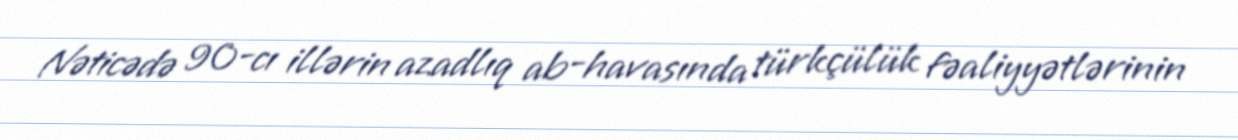
Nəticədə 90-cı illərin azadlıq ab-havasında türkçülük fəaliyyətlərinin